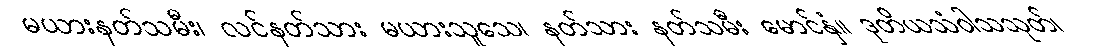
မယားနတ်သမီး၊ လင်နတ်သား မယားသူသေ၊ နတ်သား နတ်သမီး မောင်နှံ။ ဒုတိယသံဝါသသုတ်၊